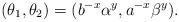
LaTeX: \begin{align*} (\theta_1,\theta_2)=(b^{-x}\alpha^y,a^{-x}\beta^y) .\end{align*}